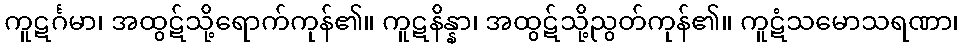
ကူဋင်္ဂမာ၊ အထွဋ်သို့ရောက်ကုန်၏။ ကူဋနိန္နာ၊ အထွဋ်သို့ညွတ်ကုန်၏။ ကူဋံသမောသရဏာ၊